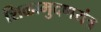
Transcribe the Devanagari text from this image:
शिळामुदणयंत्र